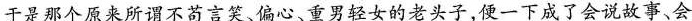
于是那个原来所谓不苟言笑、偏心重男轻女的老头子，便一下成了会说故事、会